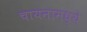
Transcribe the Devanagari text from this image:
चायनामध्ये